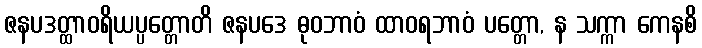
ဇနပဒတ္ထာဝရိယပ္ပတ္တောတိ ဇနပဒေ ဓုဝဘာဝံ ထာဝရဘာဝံ ပတ္တော, န သက္ကာ ကေနစိ